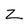
Character: z